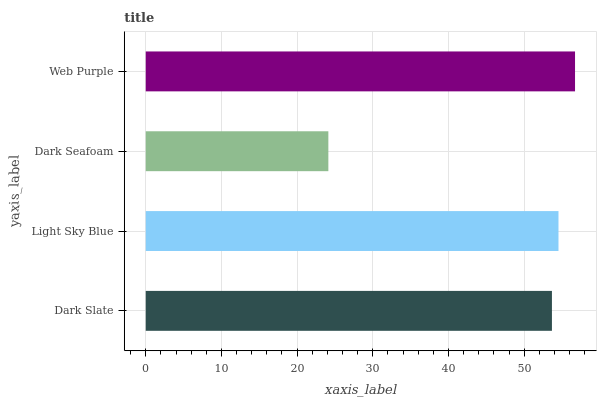
| yaxis_label | bars |
 | --- | --- |
 | Dark Slate | 53.7 |
 | Light Sky Blue | 54.5 |
 | Dark Seafoam | 24.1 |
 | Web Purple | 56.7 |